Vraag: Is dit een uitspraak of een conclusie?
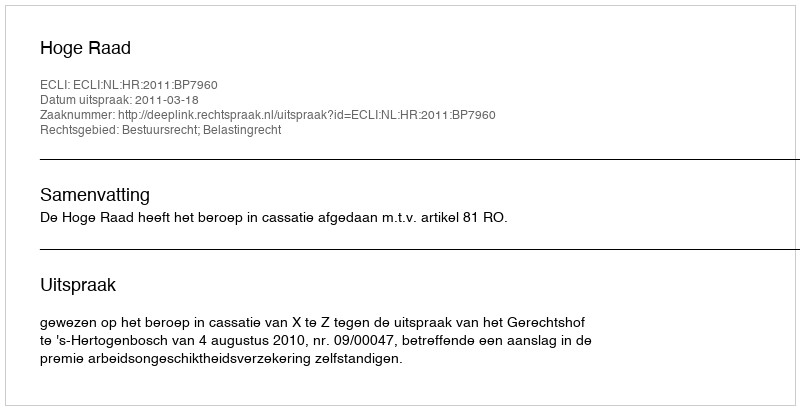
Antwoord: Uitspraak